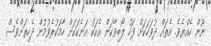
ނޫން ހެއްޔެވެ. އެތައް ދުވަހަކަށް ފަހު ލޯބިވާކަން އެކަކު އަނެކަކަށް ހާމަކުރެވުމުން ދެހިތަށްވެސް